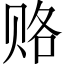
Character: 赂